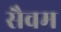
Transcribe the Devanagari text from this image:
सैवम